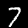
Label: 7